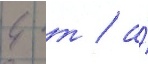
4 т / а́